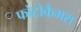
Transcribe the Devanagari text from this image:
फोटोकैमरा